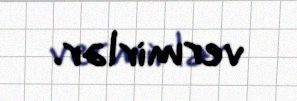
vermirlər.